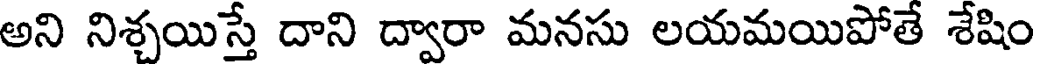
అని నిశ్చయిస్తే దాని ద్వారా మనసు లయమయిపోతే శేషిం